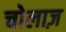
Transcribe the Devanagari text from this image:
चोलाज़